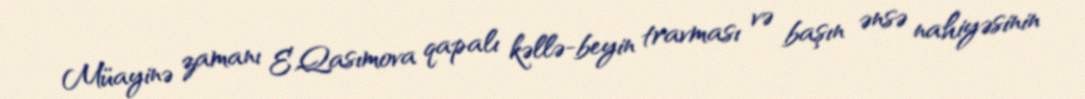
Müayinə zamanı E.Qasımova qapalı kəllə-beyin travması və başın ənsə nahiyəsinin